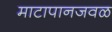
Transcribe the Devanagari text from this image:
माटापानजवळ